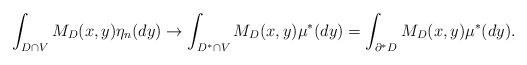
LaTeX: \begin{align*}\int_{D\cap V}M_D(x,y)\eta_n(dy)\to \int_{D^*\cap V}M_D(x,y)\mu^*(dy)=\int_{\partial^*D}M_D(x,y)\mu^*(dy).\end{align*}